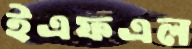
ইএফএল